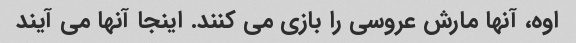
اوه، آنها مارش عروسی را بازی می کنند. اینجا آنها می آیند